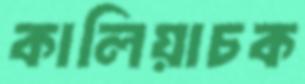
কালিয়াচক